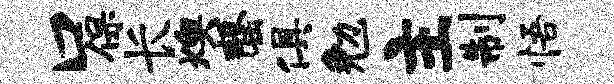
口保长燠罄俱勉主制悟